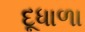
દૂધાળા